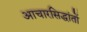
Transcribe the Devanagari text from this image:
आचारसिद्धांतों